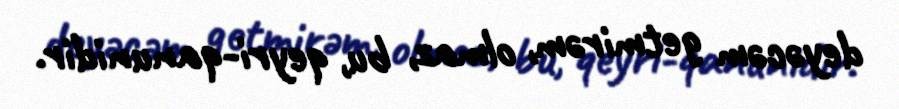
deyəcəm getmirəm, olmaz, bu, qeyri-qanunidir.